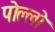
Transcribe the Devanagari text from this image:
पोल्लो